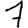
Digit: 7